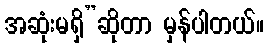
အဆုံးမရှိ”ဆိုတာ မှန်ပါတယ်။